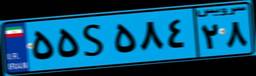
۵۵S۵۸۴۲۸